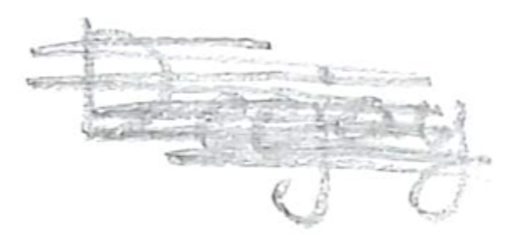
Text: deejay
Cross-out: scratch
Writing tool: pencil